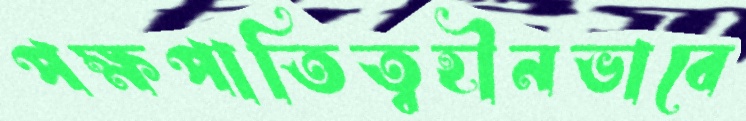
পক্ষপাতিত্বহীনভাবে